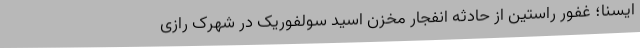
ایسنا؛ غفور راستین از حادثه انفجار مخزن اسید سولفوریک در شهرک رازی